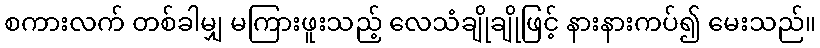
စကားလက် တစ်ခါမျှ မကြားဖူးသည့် လေသံချိုချိုဖြင့် နားနားကပ်၍ မေးသည်။